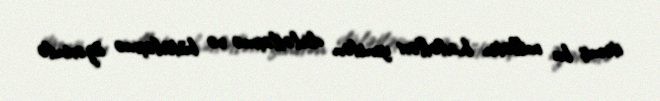
itirmiş bu millətin hədəfləri yenidən dövlətləşmə və bütövləşmə üzərində